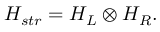
{ \cal H } _ { s t r } = { \cal H } _ { L } \otimes { \cal H } _ { R } .